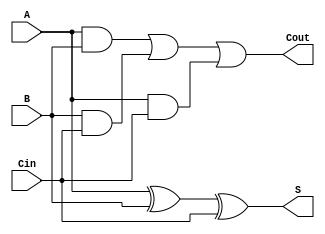
module fullAdder(A, B, Cin, S, Cout);
  input wire A,B,Cin;
  output wire S,Cout;

  wire AxorB, AandB, BandCin, AandCin;

  xor #3 g1_1(AxorB,A,B);
  and #2 g1_2(AandB,A,B);
  and #2 g1_3(BandCin,B,Cin);
  and #2 g1_4(AandCin,A,Cin);

  xor #3 g2_1(S,AxorB,Cin);
  or  #4 g2_2(Cout,AandB,BandCin,AandCin);

endmodule